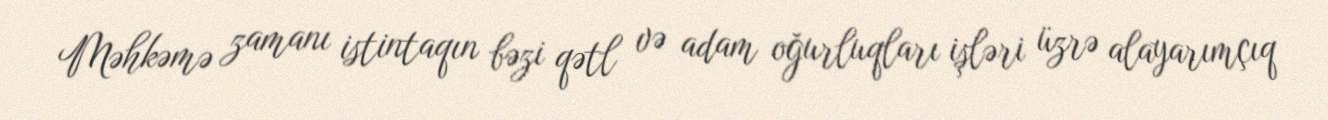
Məhkəmə zamanı istintaqın bəzi qətl və adam oğurluqları işləri üzrə alayarımçıq